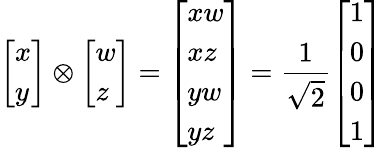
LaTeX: {\left[\begin{array}{l}{x}\\ {y}\end{array}\right]}\otimes{\left[\begin{array}{l}{w}\\ {z}\end{array}\right]}={\left[\begin{array}{l}{xw}\\ {xz}\\ {yw}\\ {yz}\end{array}\right]}={\frac{1}{\sqrt{2}}}{\left[\begin{array}{l}{1}\\ {0}\\ {0}\\ {1}\end{array}\right]}